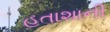
હતાશાની